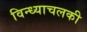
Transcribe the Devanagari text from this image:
विन्ध्याचलकी